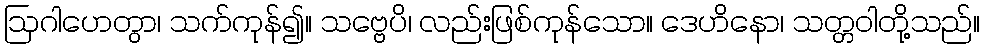
ဩဂါဟေတွာ၊ သက်ကုန်၍။ သဗ္ဗေပိ၊ လည်းဖြစ်ကုန်သော။ ဒေဟိနော၊ သတ္တဝါတို့သည်။